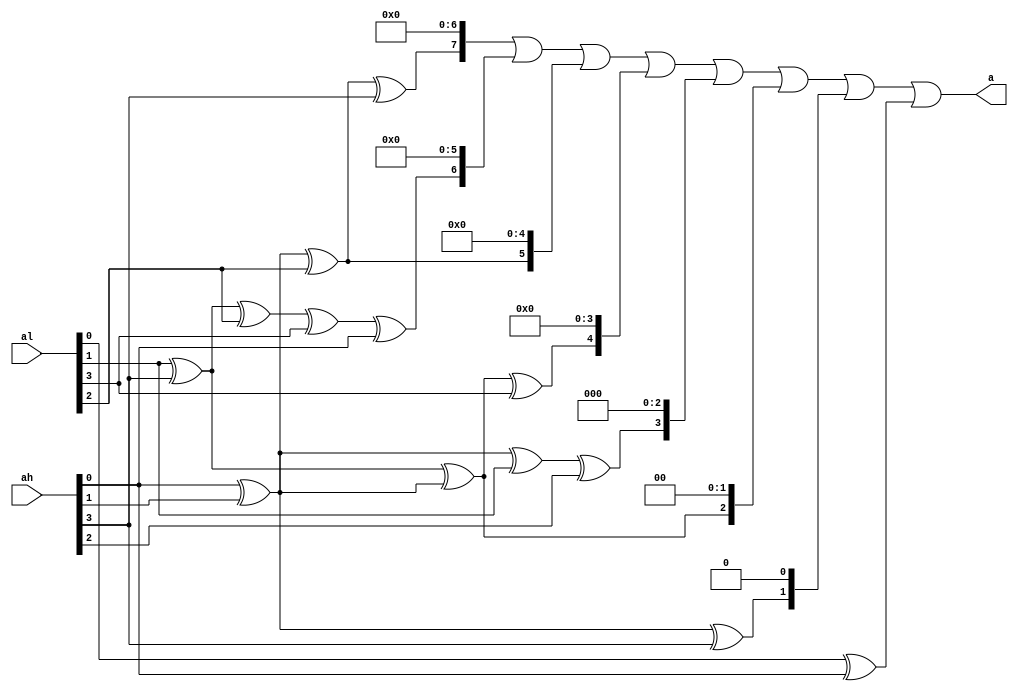
module invmap(ah, al, a);
  input  [3:0] ah, al;
  output [7:0] a;

  wire aA, aB;
  wire a3, a2, a1, a0;
  wire a4, a5, a6, a7;

  assign   aA = al[1] ^ ah[3];
  assign   aB = ah[0] ^ ah[1];
  assign   a0 = al[0] ^ ah[0];
  assign   a1 = aB    ^ ah[3];
  assign   a2 = aA    ^ aB;
  assign   a3 = aB    ^ al[1] ^ ah[2];
  assign   a4 = aA    ^ aB ^ al[3];
  assign   a5 = aB    ^ al[2];
  assign   a6 = aA    ^ al[2] ^ al[3] ^ ah[0];
  assign   a7 = aB    ^ al[2] ^ ah[3];

  assign   a  = (a7 << 7) | (a6 << 6) | (a5 << 5) | (a4 << 4) |
         (a3 << 3) | (a2 << 2) | (a1 << 1) | a0;
endmodule